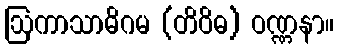
ဩကာသာဓိဂမ (တိဝိဓ) ဝဏ္ဏနာ။